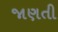
જાણતી